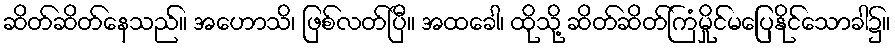
ဆိတ်ဆိတ်နေသည်။ အဟောသိ၊ ဖြစ်လတ်ပြီ။ အထခေါ၊ ထိုသို့ ဆိတ်ဆိတ်ကြံမှိုင်မပြေနိုင်သောခါ၌။